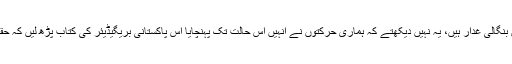
پھر ہم کہتے ہیں بنگالی غدار ہیں، یہ نہیں دیکھتے کہ ہماری حرکتوں نے انہیں اس حالت تک پہنچایا اس پاکستانی بریگیڈیئر کی کتاب پڑھ لیں کہ حقیقت کھل جائے ۔